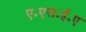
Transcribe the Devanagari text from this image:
ए॰एस॰ई॰ए